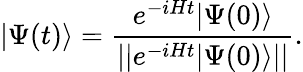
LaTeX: |\Psi(t)\rangle=\frac{e^{-iHt}|\Psi(0)\rangle}{\left\vert\left\vert e^{-iHt}|\Psi(0)\rangle\right\vert\right\vert}.